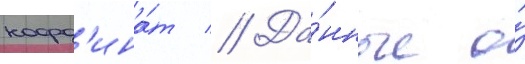
коорд'ина́т // Да́нные о́